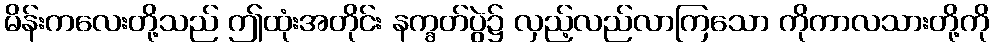
မိန်းကလေးတို့သည် ဤထုံးအတိုင်း နက္ခတ်ပွဲ၌ လှည့်လည်လာကြသော ကိုကာလသားတို့ကို